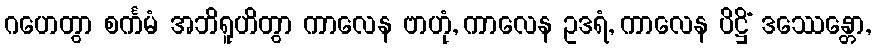
ဂဟေတွာ စင်္ကမံ အဘိရူဟိတွာ ကာလေန ဗာဟုံ, ကာလေန ဥဒရံ, ကာလေန ပိဋ္ဌိံ ဒဿေန္တော,